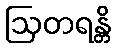
ဩတရန္တိ